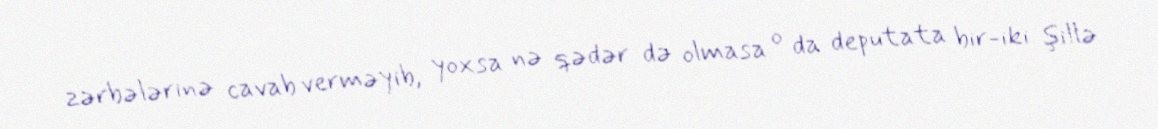
zərbələrinə cavab verməyib, yoxsa nə qədər də olmasa o da deputata bir-iki şillə